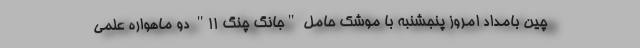
چین بامداد امروز پنجشنبه با موشک حامل "جانگ چنگ ۱۱" دو ماهواره علمی